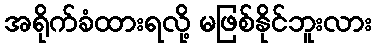
အရိုက်ခံထားရလို့ မဖြစ်နိုင်ဘူးလား